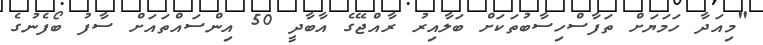
"މިއަދާ ހަމަޔަށް ތަފާސްހިސާބުތަކަށް ބަލާއިރު ރާއްޖޭގެ އާބާދީ 50 އިންސައްތައަށް ސާފު ބޯފެނުގެ